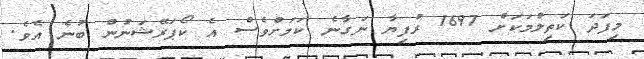
މިފަދަ ކަތިލުމަކަށް 1697 ރުފިޔާ ނަގާނެ ކަމަށްވެސް އެ ކޯޕަރޭޝަނުން ބުނެ އެވެ.